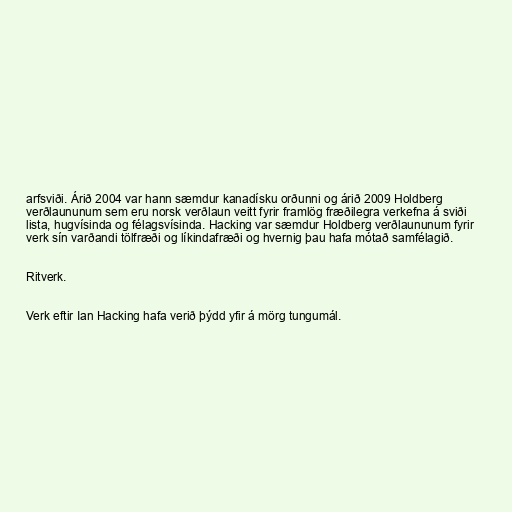
arfsviði. Árið 2004 var hann sæmdur kanadísku orðunni og árið 2009 Holdberg
verðlaununum sem eru norsk verðlaun veitt fyrir framlög fræðilegra verkefna á sviði
lista, hugvísinda og félagsvísinda. Hacking var sæmdur Holdberg verðlaununum fyrir
verk sín varðandi tölfræði og líkindafræði og hvernig þau hafa mótað samfélagið.

Ritverk.

Verk eftir Ian Hacking hafa verið þýdd yfir á mörg tungumál.